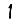
Digit: 1